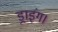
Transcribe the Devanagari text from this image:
ड्राइंग।